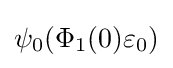
\psi _{0}(\Phi _{1}(0)\varepsilon _{0})